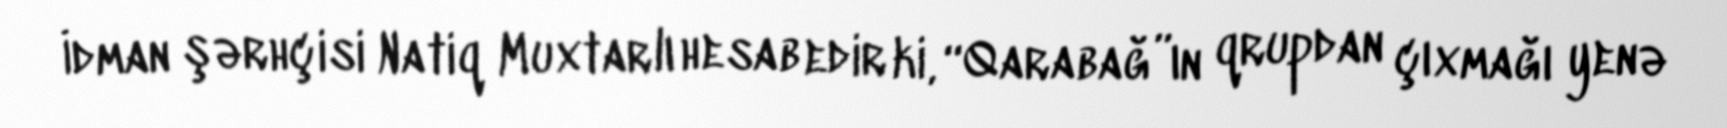
İdman şərhçisi Natiq Muxtarlı hesab edir ki, “Qarabağ”ın qrupdan çıxmağı yenə